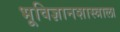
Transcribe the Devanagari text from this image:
भूविज्ञानशास्त्राला